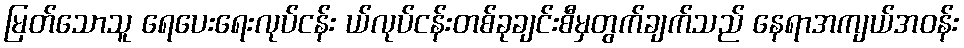
မြတ်သောသူ ရေပေးရေးလုပ်ငန်း ယ်လုပ်ငန်းတစ်ခုချင်းစီမှတွက်ချက်သည် နေရာအကျယ်အဝန်း